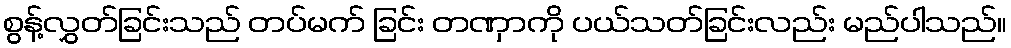
စွန့်လွှတ်ခြင်းသည် တပ်မက် ခြင်း တဏှာကို ပယ်သတ်ခြင်းလည်း မည်ပါသည်။